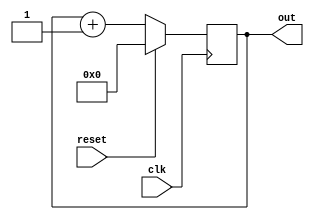
module top    (
out,
clk,
reset
);
    output [7:0] out;
    input clk, reset;
    reg [7:0] out;

    always @(posedge clk)
		if (reset) begin
			out <= 8'b0 ;
		end else
			out <= out + 1;


endmodule